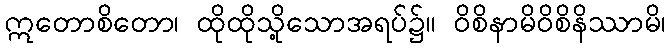
ဣတောစိတော၊ ထိုထိုသို့သောအရပ်၌။ ဝိစိနာမိဝိစိနိဿာမိ၊